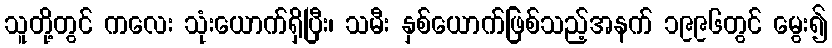
သူတို့တွင် ကလေး သုံးယောက်ရှိပြီး၊ သမီး နှစ်ယောက်ဖြစ်သည့်အနက် ၁၉၉၆တွင် မွေး၍